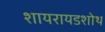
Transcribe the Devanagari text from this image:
शायरायडशोथ